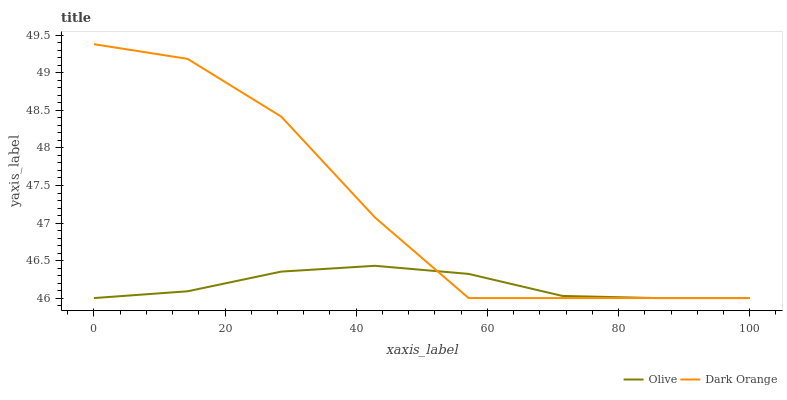
| xaxis_label | Olive | Dark Orange |
 | --- | --- | --- |
 | 0 | 46 | 49.4 |
 | 14.3 | 46.1 | 49.2 |
 | 28.6 | 46.4 | 48.4 |
 | 42.9 | 46.4 | 47.1 |
 | 57.1 | 46.3 | 46 |
 | 71.4 | 46 | 46 |
 | 85.7 | 46 | 46 |
 | 100 | 46 | 46 |